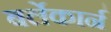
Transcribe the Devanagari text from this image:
बर्लेकार्न